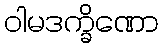
ဝါမဒက္ခိဏော